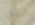
غلق